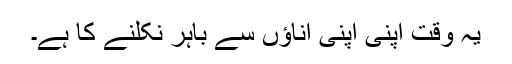
یہ وقت اپنی اپنی اناؤں سے باہر نکلنے کا ہے۔